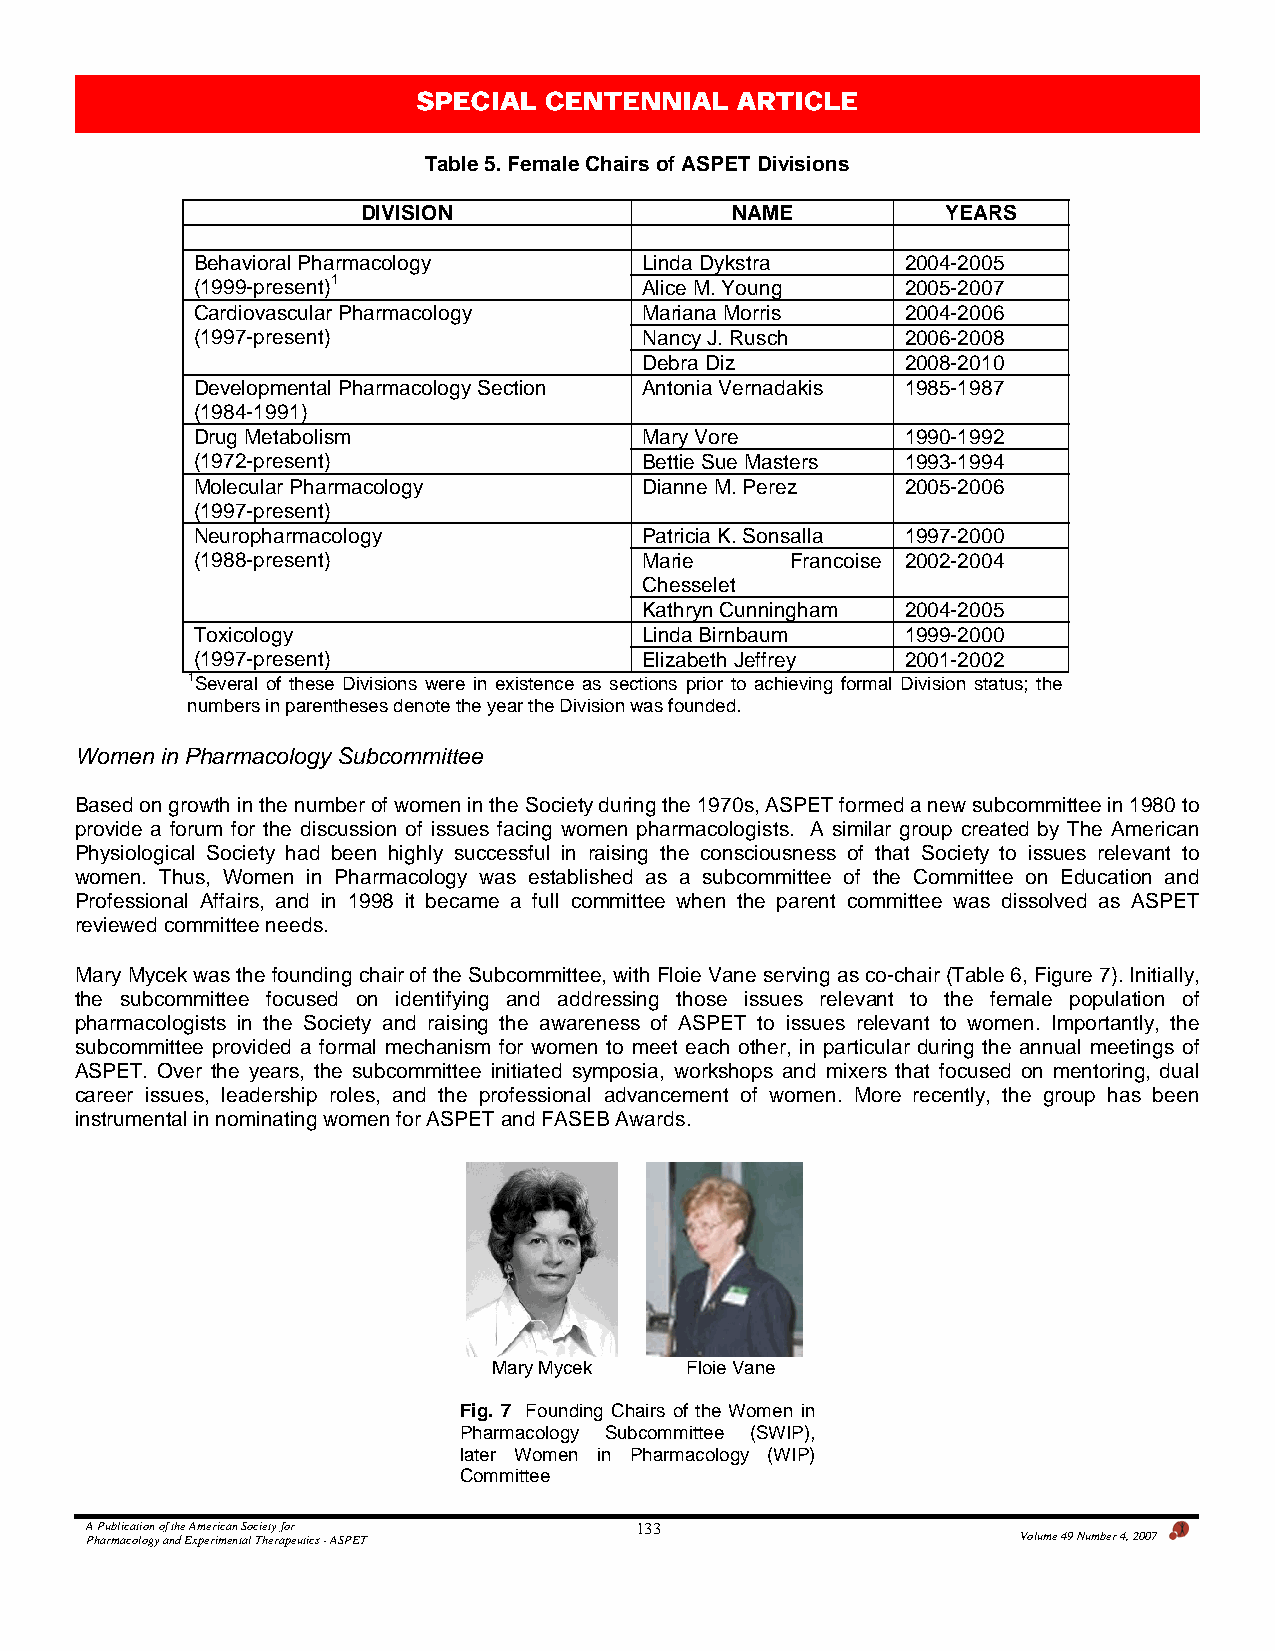
SPECIAL CENTENNIAL   ARTICLE
 Table 5. Female Chairs of ASPET Divisions
 DIVISION                NAME           YEARS
 Behavioral Pharmacology       Linda Dykstra    2004-2005
 (1999-present)1               Alice M. Young   2005-2007
 Cardiovascular Pharmacology   Mariana Morris   2004-2006
 (1997-present)                Nancy J. Rusch   2006-2008
 Debra Diz        2008-2010
 Developmental Pharmacology Section Antonia Vernadakis 1985-1987
 (1984-1991)
 Drug Metabolism               Mary Vore        1990-1992
 (1972-present)                Bettie Sue Masters 1993-1994
 Molecular Pharmacology        Dianne M. Perez  2005-2006
 (1997-present)
 Neuropharmacology             Patricia K. Sonsalla 1997-2000
 (1988-present)                Marie    Francoise 2002-2004
 Chesselet
 Kathryn Cunningham 2004-2005
 Toxicology                    Linda Birnbaum   1999-2000
 (1997-present)                Elizabeth Jeffrey 2001-2002
 1Several of these Divisions were in existence as sections prior to achieving formal Division status; the
 numbers in parentheses denote the year the Division was founded.
 Women in Pharmacology Subcommittee
 Based on growth in the number of women in the Society during the 1970s, ASPET formed a new subcommittee in 1980 to
 provide a forum for the discussion of issues facing women pharmacologists. A similar group created by The American
 Physiological Society had been highly successful in raising the consciousness of that Society to issues relevant to
 women. Thus, Women in Pharmacology was established as a subcommittee of the Committee on Education and
 Professional Affairs, and in 1998 it became a full committee when the parent committee was dissolved as ASPET
 reviewed committee needs.
 Mary Mycek was the founding chair of the Subcommittee, with Floie Vane serving as co-chair (Table 6, Figure 7). Initially,
 the subcommittee focused on identifying and addressing those issues relevant to the female population of
 pharmacologists in the Society and raising the awareness of ASPET to issues relevant to women. Importantly, the
 subcommittee provided a formal mechanism for women to meet each other, in particular during the annual meetings of
 ASPET. Over the years, the subcommittee initiated symposia, workshops and mixers that focused on mentoring, dual
 career issues, leadership roles, and the professional advancement of women. More recently, the group has been
 instrumental in nominating women for ASPET and FASEB Awards.
 Mary Mycek  Floie Vane
 Fig. 7 Founding Chairs of the Women in
 Pharmacology Subcommittee (SWIP),
 later Women in Pharmacology (WIP)
 Committee
 A Publication of the American Society for 133
 Pharmacology and Experimental Therapeutics - ASPET            Volume 49 Number 4, 2007